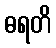
ဓရတိ